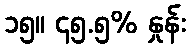
၁၅။ ၄၅.၅% နှုန်း